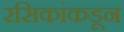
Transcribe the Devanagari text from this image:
रसिकांकडून